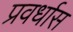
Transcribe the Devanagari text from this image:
प्रवर्धास